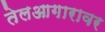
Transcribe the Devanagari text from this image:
तेलआगारावर